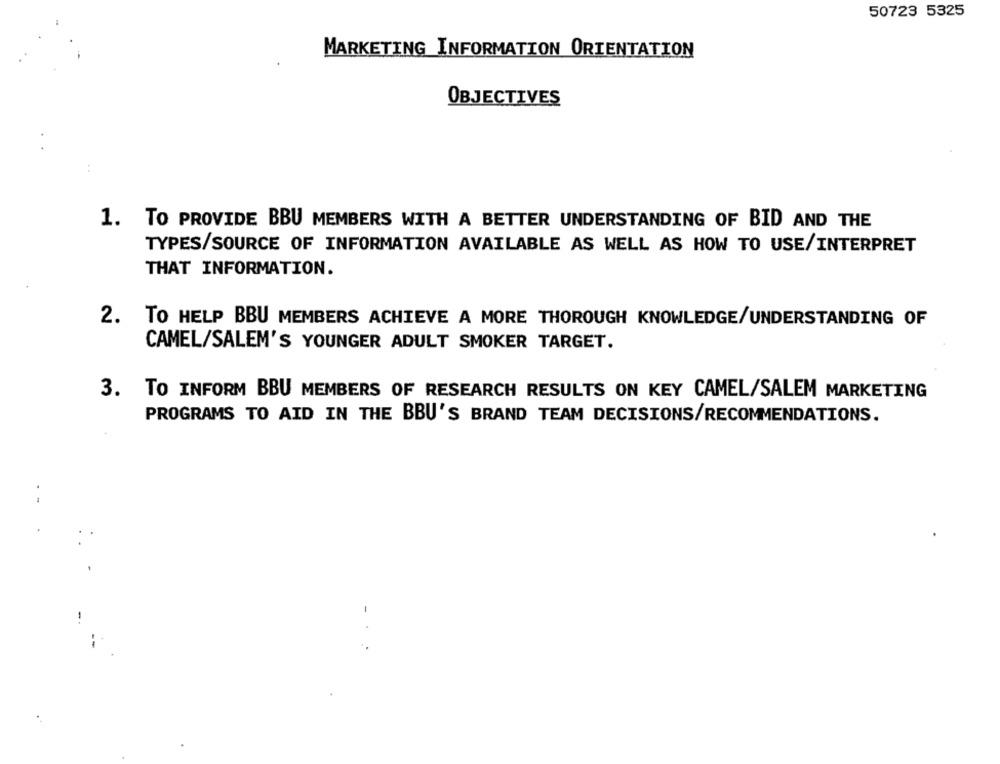
50723 5325
MARKETING INFORMATION ORIENTATION
OBJECTIVES
1. TO PROVIDE BBU MEMBERS WITH A BETTER UNDERSTANDING OF BID AND THE
TYPES/SOURCE OF INFORMATION AVAILABLE AS WELL AS HOW TO USE/INTERPRET
THAT INFORMATION.
2.
TO HELP BBU MEMBERS ACHIEVE A MORE THOROUGH KNOWLEDGE/UNDERSTANDING OF
CAMEL/SALEM'S YOUNGER ADULT SMOKER TARGET.
3. TO INFORM BBU MEMBERS OF RESEARCH RESULTS ON KEY CAMEL/SALEM MARKETING
PROGRAMS TO AID IN THE BBU'S BRAND TEAM DECISIONS/RECOMMENDATIONS.